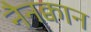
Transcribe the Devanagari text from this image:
नैनक्वान